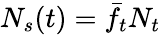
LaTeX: N_{s}(t)=\bar{f}_{t}N_{t}